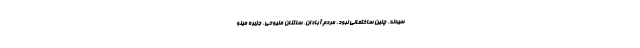
سيدند، چنين ساختماني نبود. مردم آبادان، ساكنان منيوحي، جزيره مينو